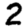
Digit: 2